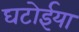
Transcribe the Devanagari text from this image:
घटोईया